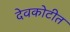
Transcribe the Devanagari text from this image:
देवकोटीत